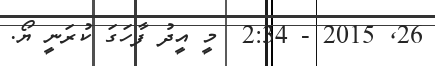
26